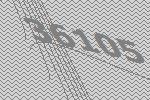
36105